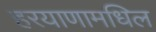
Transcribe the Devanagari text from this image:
हरयाणामधिल